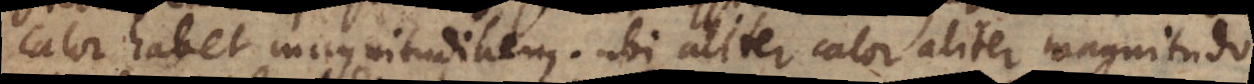
calor habet magnitudinem; ubi aliter calor aliter magnitudo